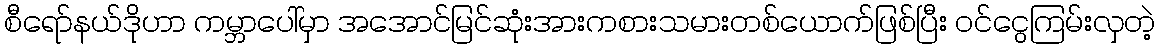
စီရော်နယ်ဒိုဟာ ကမ္ဘာပေါ်မှာ အအောင်မြင်ဆုံးအားကစားသမားတစ်ယောက်ဖြစ်ပြီး ဝင်ငွေကြမ်းလှတဲ့